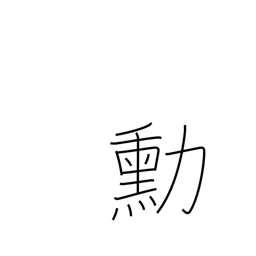
Meaning: merits